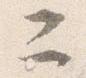
二